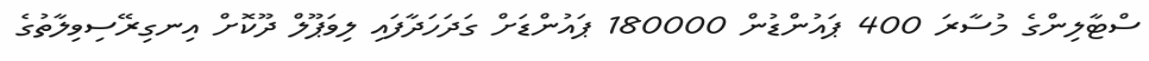
ސްޓާލިންގެ މުސާރަ 400 ޕައުންޑުން 180000 ޕައުންޑަށް ގަދަހަދާފައި ލިވަޕޫލް ދޫކޮށް އިނގިރޭސިވިލާތުގެ